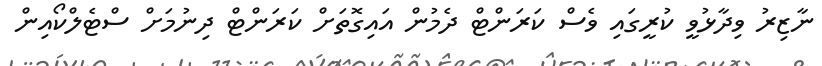
ނާޒިރު ވިދާޅުވީ ކުރީގައި ވެސް ކަރަންޓް ދެމުން އައިގޮތަށް ކަރަންޓް ދިނުމަށް ސްޓެލްކޯއިން